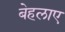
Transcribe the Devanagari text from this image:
बेहलाए